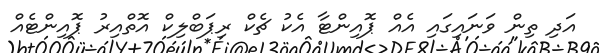
އަދި ތިން ވަނައިގައި އެއް ޕޮއިންޓާ އެކު ޗެކް ރިޕަބްލިކް އޮތްއިރު ޕޮއިންޓެއް